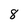
Character: 8